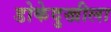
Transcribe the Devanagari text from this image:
डोकेदुखीला